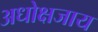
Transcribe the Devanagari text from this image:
अधोक्षजाय